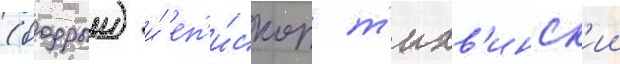
(бодрыи) и́ еп'и́скоп т'ихв'инск'ии